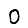
Digit: 0